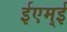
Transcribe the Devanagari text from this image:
ईएम्‌ई